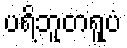
ပရိဘူတရူပံ